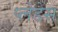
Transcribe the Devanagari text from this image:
प्लेडेस